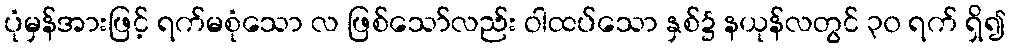
ပုံမှန်အားဖြင့် ရက်မစုံသော လ ဖြစ်သော်လည်း ဝါထပ်သော နှစ်၌ နယုန်လတွင် ၃၀ ရက် ရှိ၍